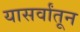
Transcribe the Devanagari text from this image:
यासर्वांतून